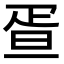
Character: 疍